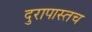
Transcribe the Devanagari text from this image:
दुरापास्तच